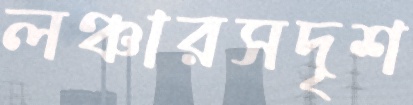
লঞ্চারসদৃশ